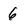
Character: 6